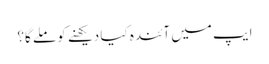
ایپ میں آئندہ کیا دیکھنے کو ملے گا؟